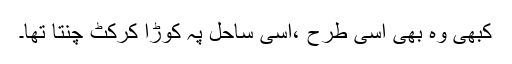
کبھی وہ بھی اسی طرح ،اسی ساحل پہ کوڑا کرکٹ چُنتا تھا۔